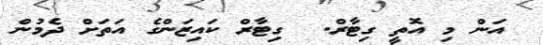
އަން މި އޮތީ ގިޓާރް.  ގިޓާރް ކައިޒަންގެ އަތަށް ދެމުން